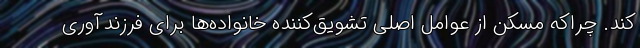
کند. چراکه مسکن از عوامل اصلی تشویق‌کننده خانواده‌ها برای فرزندآوری